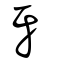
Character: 牙